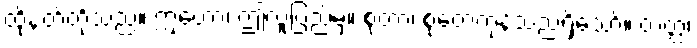
ထိုနတ်တို့သည်။ ဣတော၊ ဤလူပြည်မှ။ စုတာ၊ စုတေကုန်သည်ရှိသော်။ တတ္ထ၊